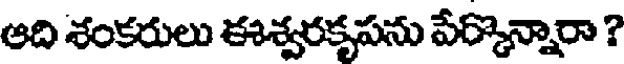
ఆది శంకరులు ఈశ్వరకృపను పేర్కొన్నారా ?